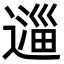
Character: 𬩆